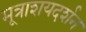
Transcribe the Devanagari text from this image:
मूत्राशयदर्शन